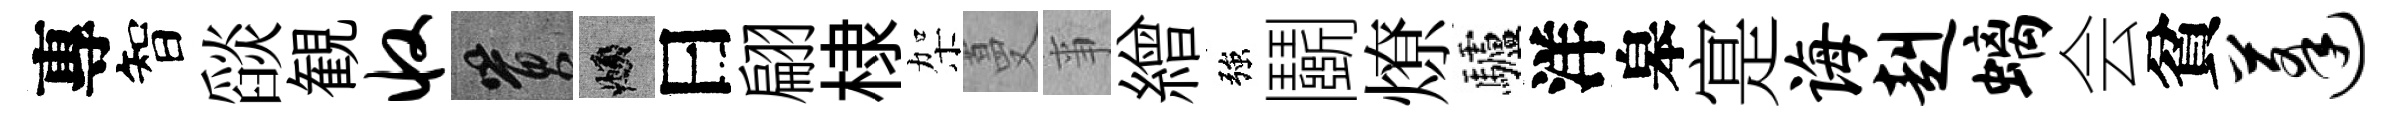
專智𦦨観收篔頫曰翩棣架蔓亊繒強鬬燎驢洋皋寔诲赳螭会貧蓬